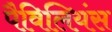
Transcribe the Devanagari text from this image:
पैविलियंस